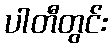
ပါတီတွင်း